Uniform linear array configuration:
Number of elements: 12
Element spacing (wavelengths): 0.25
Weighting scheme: kaiser
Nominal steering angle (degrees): -45
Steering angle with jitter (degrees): -43.285
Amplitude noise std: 0.05
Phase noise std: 0.05

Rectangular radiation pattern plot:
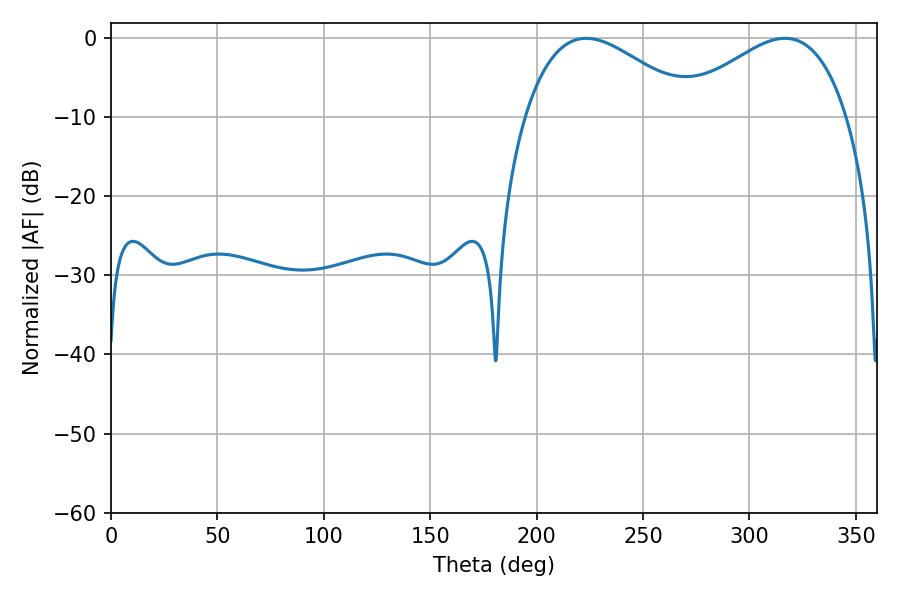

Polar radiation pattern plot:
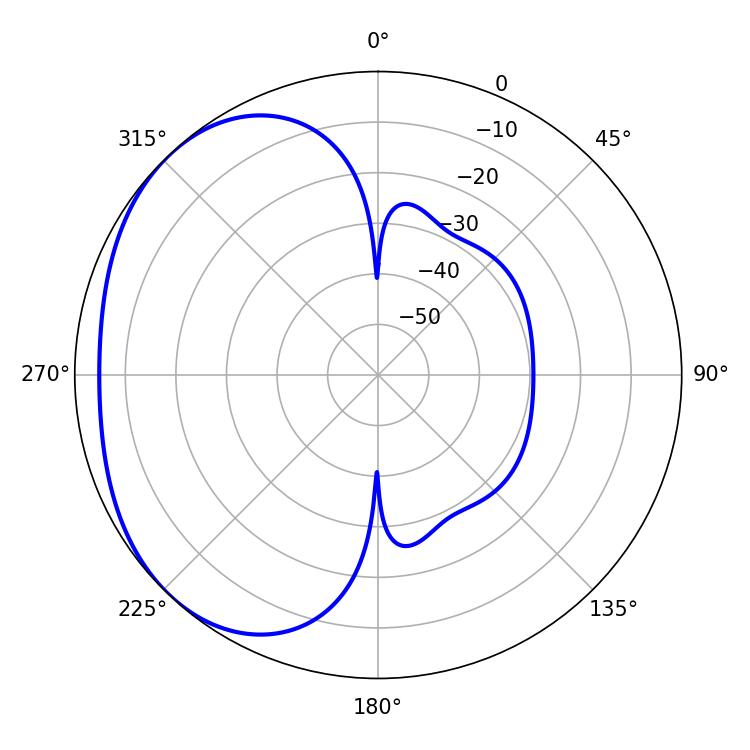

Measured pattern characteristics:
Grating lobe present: FALSE
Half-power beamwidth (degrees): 43.38
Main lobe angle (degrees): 223.38